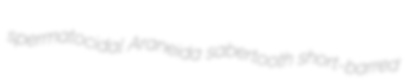
spermatocidal Araneida sabertooth short-barred